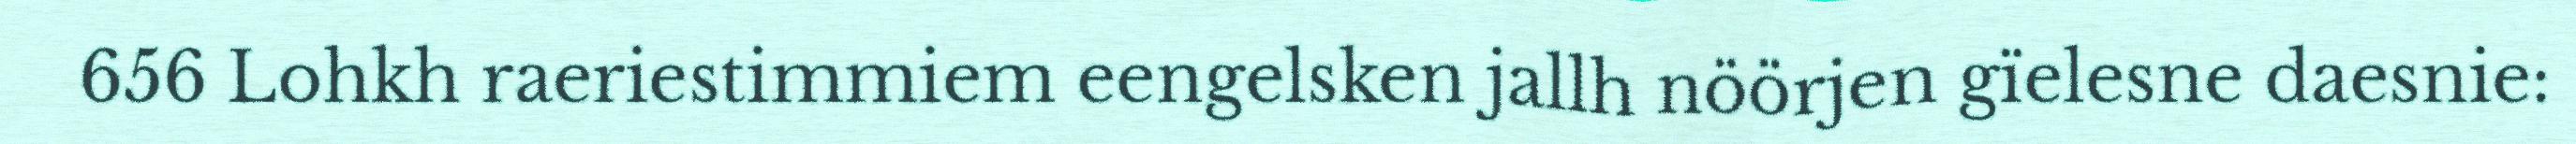
656 Lohkh raeriestimmiem eengelsken jallh nöörjen gïelesne daesnie: